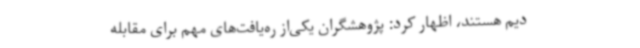
دیم هستند، اظهار کرد: پژوهشگران یکی‌از ره‌یافت‌های مهم برای مقابله